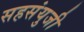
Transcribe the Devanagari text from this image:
सहसंयुजी